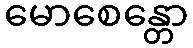
မောစေန္တော